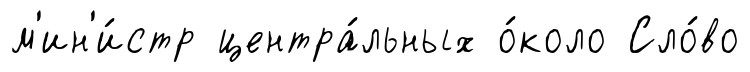
м'ин'и́стр центра́льных о́коло Сло́во